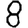
Digit: 8